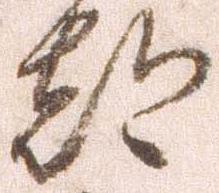
都